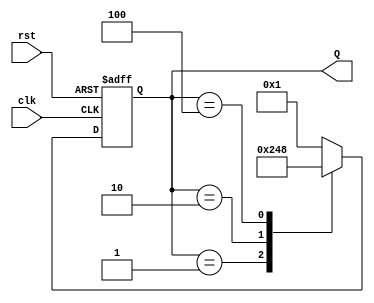
module ring_counter (
    input wire clk,         // Clock input
    input wire rst,         // Asynchronous reset input
    output reg [3:0] Q      // 4-bit output representing the current state
);

// State transition logic, using non-blocking assignments
always @(posedge clk or posedge rst) begin
    if (rst) begin
        Q <= 4'b0001; // Reset to State 0
    end else begin
        case (Q)
            4'b0001: Q <= 4'b0010; // Transition from State 0 to State 1
            4'b0010: Q <= 4'b0100; // Transition from State 1 to State 2
            4'b0100: Q <= 4'b1000; // Transition from State 2 to State 3
            4'b1000: Q <= 4'b0001; // Transition from State 3 back to State 0
            default: Q <= 4'b0001; // Default case (safe state)
        endcase
    end
end

endmodule